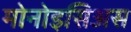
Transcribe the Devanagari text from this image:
मोनोइसिअस